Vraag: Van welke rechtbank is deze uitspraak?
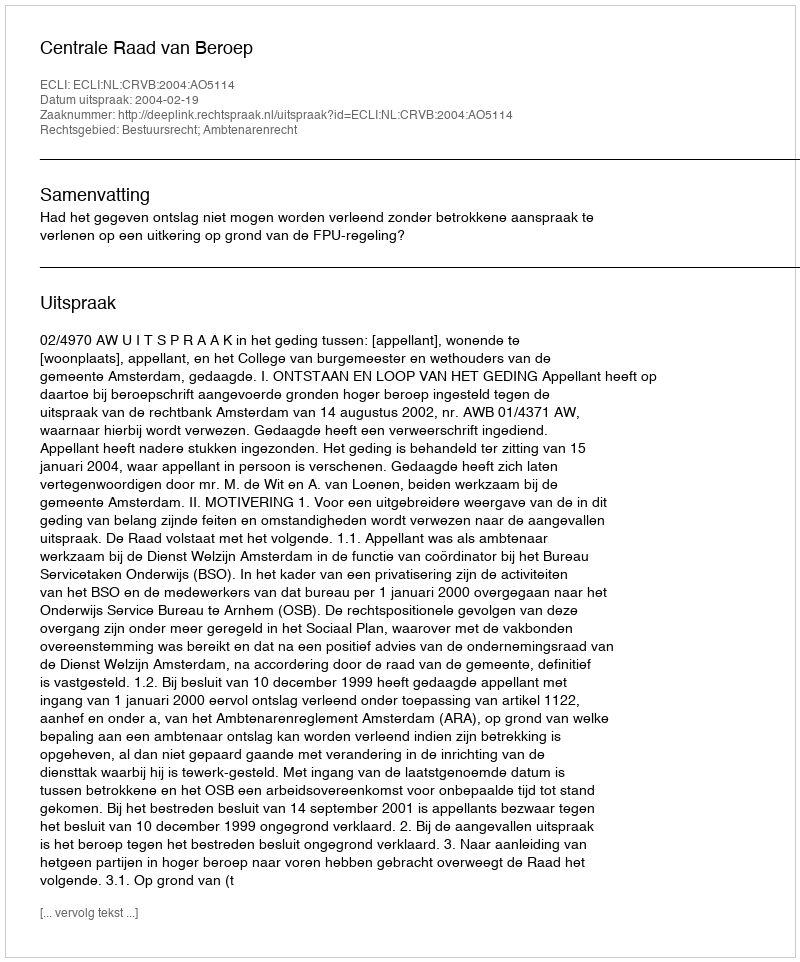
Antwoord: Centrale Raad van Beroep